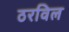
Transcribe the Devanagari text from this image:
ठरविल